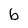
Character: b